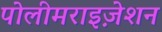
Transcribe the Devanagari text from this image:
पोलीमराइज़ेशन